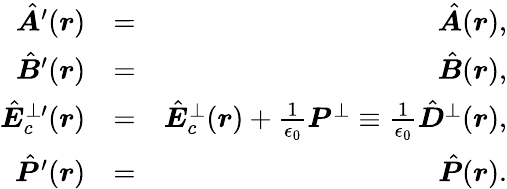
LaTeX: \begin{array}{rlr}{\hat{\boldsymbol A}^{\prime}(\boldsymbol r)}&{=}&{\hat{\boldsymbol A}(\boldsymbol r),}\\ {\hat{\boldsymbol B}^{\prime}(\boldsymbol r)}&{=}&{\hat{\boldsymbol B}(\boldsymbol r),}\\ {\hat{\boldsymbol E}_{c}^{\perp\prime}(\boldsymbol r)}&{=}&{\hat{\boldsymbol E}_{c}^{\perp}(\boldsymbol r)+\frac{1}{\epsilon_{0}}{\boldsymbol P}^{\perp}\equiv\frac{1}{\epsilon_{0}}\hat{\boldsymbol D}^{\perp}(\boldsymbol r),}\\ {\hat{\boldsymbol P}^{\prime}(\boldsymbol r)}&{=}&{\hat{\boldsymbol P}(\boldsymbol r).}\end{array}